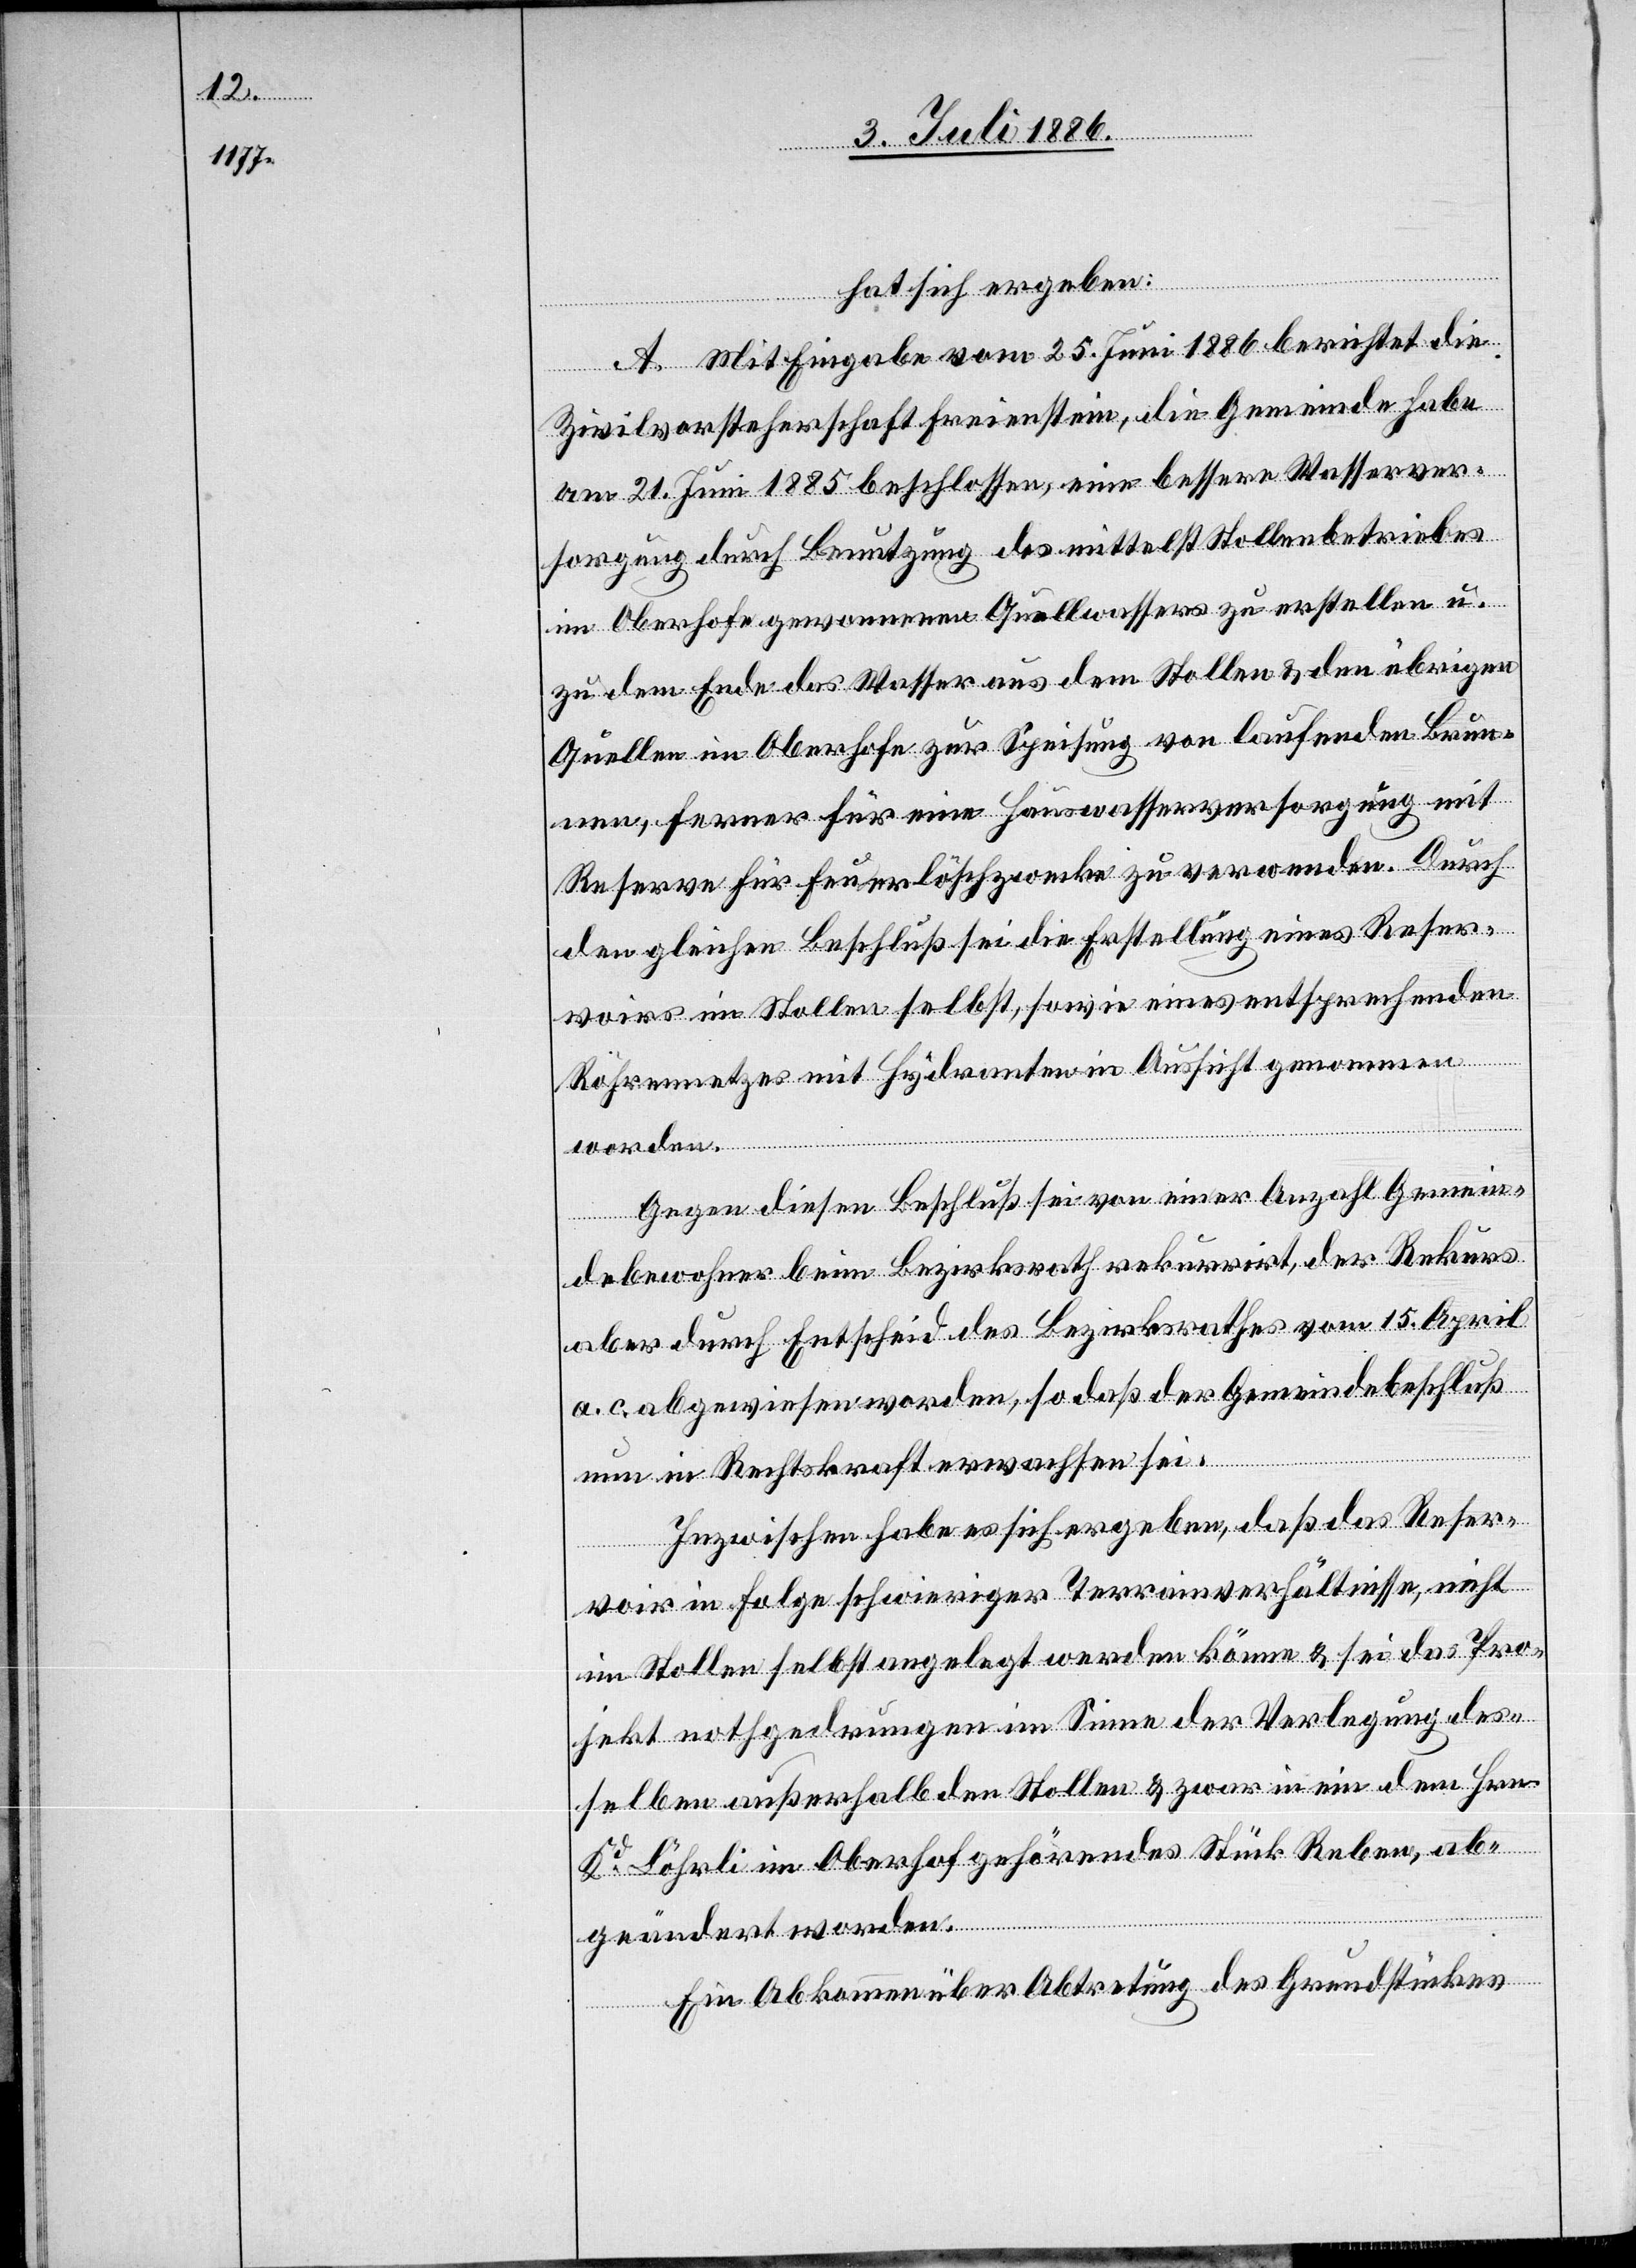
hat sich ergeben:
A. Mit Eingabe vom 25. Juni 1886 berichtet die
Zivilvorsteherschaft Freienstein, die Gemeinde habe
am 21. Juni 1885 beschlossen, eine bessere Wasserver¬
sorgung durch Benutzung des mittelst Stollenbetriebes
im Oberhofe gewonnenen Quellwassers zu erstellen u.
zu dem Ende das Wasser aus dem Stollen & den übrigen
Quellen im Oberhofe zur Speisung von laufenden Brun¬
nen, ferner für eine Hauswasserversorgung mit
Reserve für Feuerlöschzwecke zu verwenden. Durch
den gleichen Beschluß sei die Erstellung eines Reser¬
voirs im Stollen selbst, sowie eines entsprechenden
Röhrennetzes mit Hydranten in Aussicht genommen
worden.
Gegen diesen Beschluß sei von einer Anzahl Gemein¬
debewohner beim Bezirksrath rekurrirt, der Rekurs
aber durch Entscheid des Bezirksrathes vom 15. April
a. c. abgewiesen worden, so daß der Gemeindebeschluß
nun in Rechtskraft erwachsen sei.
Inzwischen habe es sich ergeben, daß das Reser¬
voir in Folge schwieriger Terrainverhältnisse, nicht
im Stollen selbst angelegt werden könne & sei das Pro¬
jekt nothgedrungen im Sinne der Verlegung des¬
selben außerhalb den Stollen & zwar in ein dem Hrn.
Kd Löhrli im Oberhof gehörendes Stück Reben g¬
eändert worden.
Ein Abkommen über Abtretung des Grundstückes